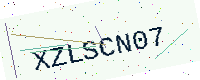
Text: XZLSCN07